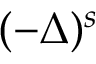
( - \Delta ) ^ { s }